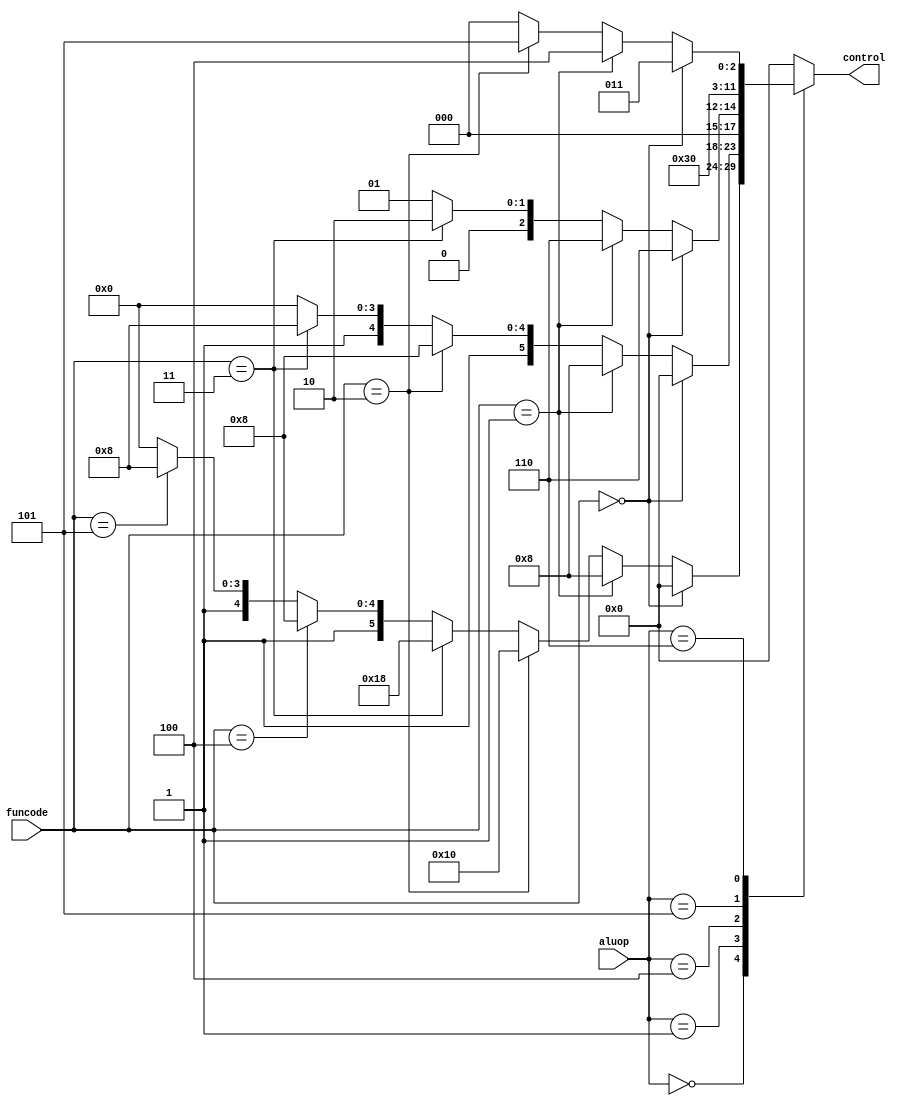
`timescale 1ns / 1ps
//////////////////////////////////////////////////////////////////////////////////
// Company: 
// Engineer: 
// 
// Design Name: 
// Module Name:    alucontrol 
// Project Name: 
// Target Devices: 
// Tool versions: 
// Description: 
//
// Dependencies: 
//
// Revision: 
// Revision 0.01 - File Created
// Additional Comments: 
//
//////////////////////////////////////////////////////////////////////////////////
module alucontrol(
		input [3:0]funcode,
		input [3:0] aluop,
		output reg [5:0]control
    );
	 	 always@(*)
	 begin
		case(aluop)
				4'b0000:
				begin
						if(funcode==4'b0000) begin
								control=6'b000000;
						end else if (funcode==4'b0001)begin
								control=6'b001000;
						end else if(funcode==4'b0010) begin
								control=6'b010000;
						end else if(funcode==4'b0011) begin
								control=6'b011000;
						end else if(funcode==4'b0100) begin
									control=6'b101000;
						end else if(funcode==4'b0101) begin
									control=6'b111000;
						end else begin
									control=6'b110000;
							end
				end
					
				4'b0001:
				begin
						if(funcode==4'b0000) begin
								control=6'b000000;
						end else if (funcode==4'b0001) begin
								control=6'b001000;
						end else if (funcode==4'b0010) begin
								control=6'b101000;
						end else if (funcode==4'b0011) begin
								control=6'b111000;
						end else begin
									control=6'b110000;
							end
				end
					
				4'b0100:
				begin
						if(funcode==4'b0000) begin
								control=6'b000110;
						end else if(funcode==4'b0001) begin
								control=6'b000110;
						end else if(funcode==4'b0011) begin
								control=6'b000010;
						end else begin
								control=6'b000001;
							end
				end

				4'b0101:
				begin
						control=6'b000110;
				end

				
				4'b0110:
				begin
						if(funcode==4'b0000) begin
								control=6'b000011;
						end else if(funcode==4'b0001) begin
								control=6'b000100;
						end else if(funcode==4'b0010)	begin
								control=6'b000101;
						end else begin
								control=6'b000000;
							end
				end
				default:control=6'b000000;
			endcase
	 end
	endmodule